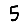
Digit: 5